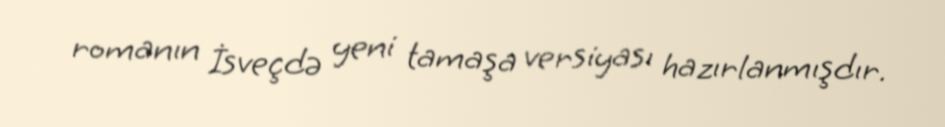
romanın İsveçdə yeni tamaşa versiyası hazırlanmışdır.